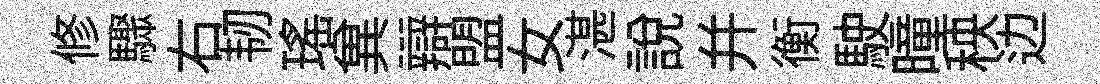
修驟右韧瑶兾辯盟女湛説并衡駛曈秧边